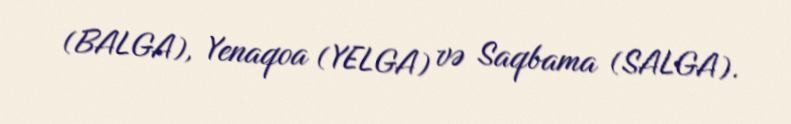
(BALGA), Yenaqoa (YELGA) və Saqbama (SALGA).